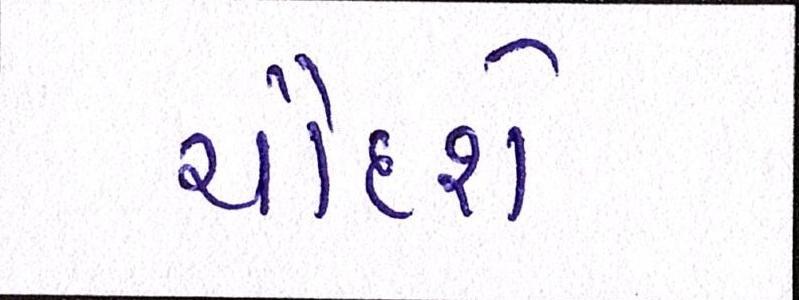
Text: ચૌદશે